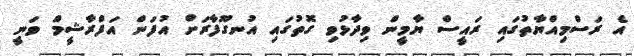
އެ ރަސްމިއްޔާތުގައި ރައީސް ޔާމީން ވިދާޅުވި ގޮތުގައި އުނގޫފާރަށް އުފަން އަފްރާޝީމް ވަނީ